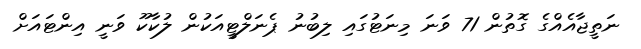
ނަތީޖާއެއްގެ ގޮތުން 71 ވަނަ މިނަޓުގައި ލިބުނު ޕެނަލްޓީއަކުން ލުކާކޫ ވަނީ އިންޓައަށް